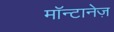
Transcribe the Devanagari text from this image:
मॉन्टानेज़